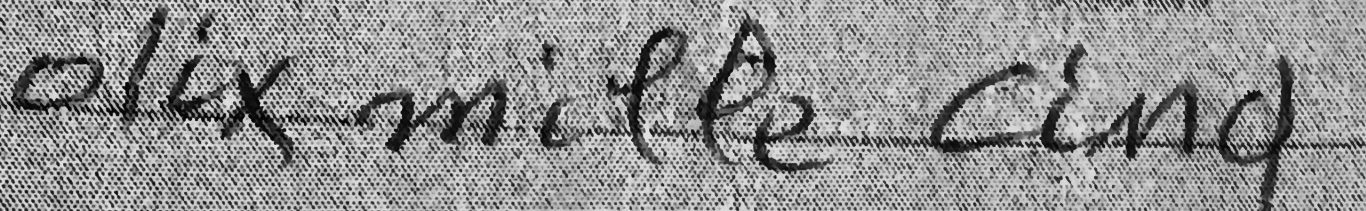
dix mille cinq